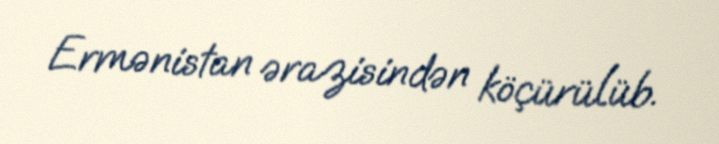
Ermənistan ərazisindən köçürülüb.